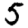
Digit: 5